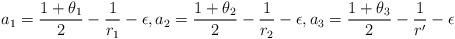
LaTeX: \begin{align*}a_1=\frac{1+\theta_1}{2}-\frac{1}{r_1}-\epsilon, a_2=\frac{1+\theta_2}{2}-\frac{1}{r_2}-\epsilon, a_3=\frac{1+\theta_3}{2}-\frac{1}{r'}-\epsilon\end{align*}